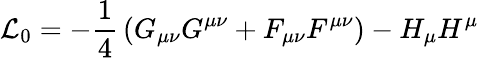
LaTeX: {\cal L}_{0}=-\frac 14\, (G_{\mu\nu}G^{\mu\nu}+F_{\mu\nu}F^{\mu\nu})-H_{\mu}H^{\mu}